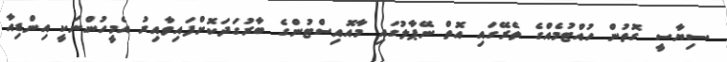
ސިޔާސީ ގޮތުން ހުއްޓުމެއްގެ ތެރޭގައި އޮތް ނޭޕާލުގައި މާއޮއިސްޓުންގެ ބާރުގަދަކޮށްފައިވާއިރު އެމީހުންނަކީ އިންޑިއާ